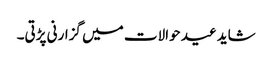
شاید عید حوالات میں گزارنی پڑتی۔